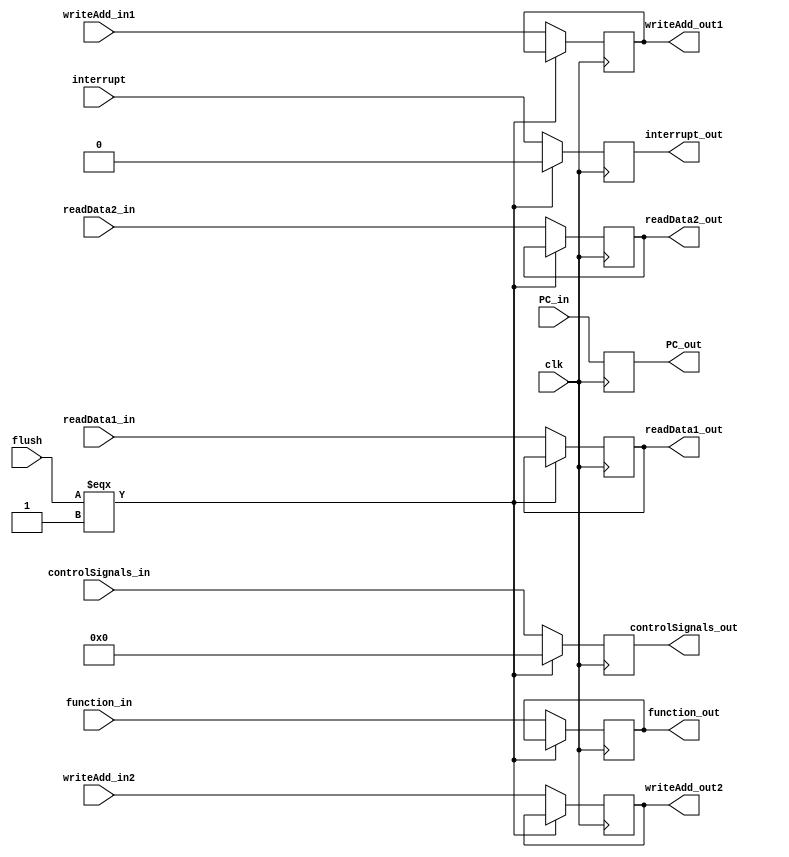
//D/E Buffer 
/*
Buffer between Decode and Execute Stages
inputs:
  -controlSignals_in (11 bits): control signals from the Control Unit includes: (ALUOP/Regwr/ALUsrc/Branch/MemtoReg/Push/Out/In)
  -readData1_in (16 bits)
  -readData2_in (16 bits)
  -writeAdd_in (3 bits)
  -function_in (3 bits)
  -clk:clock
  -flush: signal to flush the buffer
  -PC
output:
  -controlSignals_out (8 bits): control signals from the Control Unit
  -readData1_out (16 bits)
  -readData2_out (16 bits)
  -writeAdd_out1 (3 bits)
  -function_out (3 bits)   
  -PC

*/
module DE_Buffer(clk, controlSignals_in, PC_in, interrupt, readData1_in, readData2_in, writeAdd_in1, writeAdd_in2, function_in, flush, controlSignals_out, readData1_out, readData2_out, writeAdd_out1, writeAdd_out2,function_out, PC_out,interrupt_out);
    input [15:0] controlSignals_in;
    input [31:0]PC_in;
    input [15:0] readData1_in, readData2_in;
    input [2:0] writeAdd_in1, writeAdd_in2;
    input [3:0] function_in;
    input clk, flush, interrupt;
    // input stall;

    output reg [15:0] controlSignals_out;
    output reg [15:0] readData1_out, readData2_out;
    output reg [2:0] writeAdd_out1, writeAdd_out2;
    output reg [3:0] function_out;
    output reg [31:0]PC_out;
    output reg interrupt_out;


    always @(posedge clk) begin
    // if(stall !== 1'b1)begin
      PC_out = PC_in;
      if(flush===1'b1) begin
        controlSignals_out=15'b0;
        interrupt_out = 1'b0;
      end else begin
        interrupt_out = interrupt;
        controlSignals_out = controlSignals_in;
        readData1_out = readData1_in;
        readData2_out = readData2_in;
        writeAdd_out1 = writeAdd_in1;
        writeAdd_out2 = writeAdd_in2;
        function_out = function_in;
      end
    // end
    end
endmodule